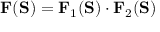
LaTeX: \mathbf { F } ( \mathbf { S } ) = \mathbf { F } _ { 1 } ( \mathbf { S } ) \cdot \mathbf { F } _ { 2 } ( \mathbf { S } )